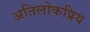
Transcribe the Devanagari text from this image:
अतिलोकप्रिय